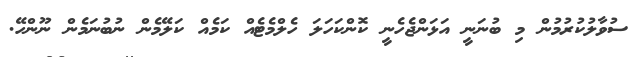
ސުވާލުކުރުމުން މި ބުނަނީ އަޅަންޖެހެނީ ކޮންކަހަލަ ހެލްމެޓެއް ކަމެއް ކަލޭމެން ނުބުނަމެން ނޫންހޭ.